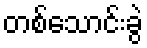
တစ်သောင်းခွဲ